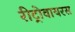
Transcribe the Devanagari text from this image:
रीट्रोवायरस